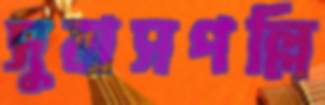
সুবাসপল্লি